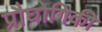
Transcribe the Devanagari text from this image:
प्रौघोगिकी